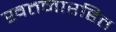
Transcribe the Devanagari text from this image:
खतनारहित